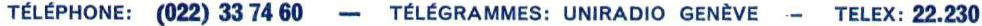
TÉLÉPHONE: (022) 33 74 60 - TÉLÉGRAMMES: UNIRADIO GENÈVE - TELEX: 22.230